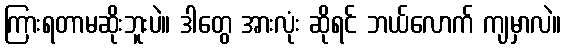
ကြားရတာမဆိုးဘူးပဲ။ ဒါတွေ အားလုံး ဆိုရင် ဘယ်လောက် ကျမှာလဲ။